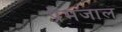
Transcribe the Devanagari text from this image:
प्रेमजाल